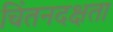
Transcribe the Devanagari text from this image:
चिंतनदक्षता